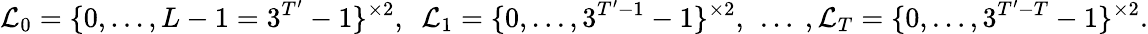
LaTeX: \mathcal{L}_{0}=\{ 0,\dotsc,L-1=3^{T^{\prime}}-1\} ^{\times 2},\ \ \mathcal{L}_{1}=\{ 0,\dotsc,3^{T^{\prime}-1}-1\} ^{\times 2},\ \dotsc\ ,\mathcal{L}_{T}=\{ 0,\dotsc,3^{T^{\prime}-T}-1\} ^{\times 2}.